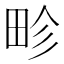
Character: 畛